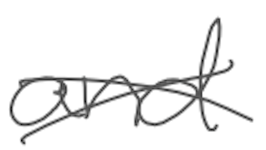
Text: and
Cross-out: cross
Writing tool: digital_gray